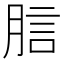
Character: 𧦗